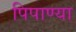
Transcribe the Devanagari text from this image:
पिपाण्या